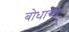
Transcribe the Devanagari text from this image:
बोधाची